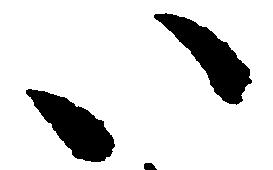
い